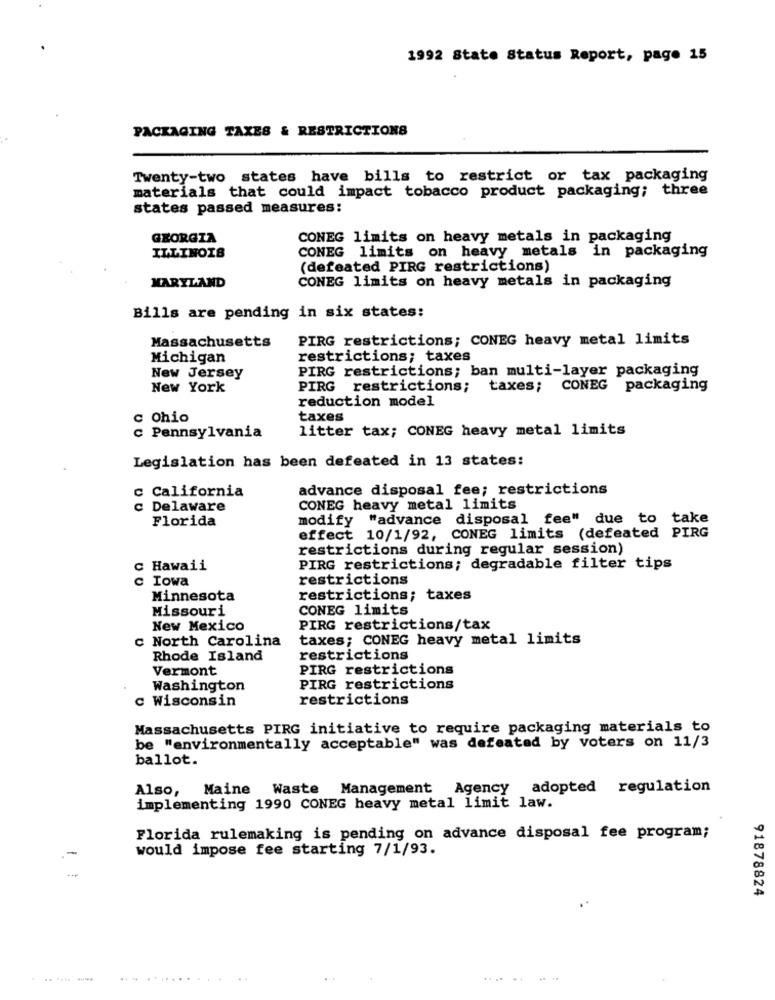
1992 State Status Report, page 15
PACKAGING TAXES & RESTRICTIONS
Twenty-two states have bills to restrict or tax packaging
materials that could impact tobacco product packaging; three
states passed measures:
GEORGIA
CONEG limits on heavy metals in packaging
CONEG limits on heavy metals in packaging
ILLINOIS
(defeated PIRG restrictions)
MARYLAND
CONEG limits on heavy metals in packaging
Bills are pending in six states:
Massachusetts
PIRG restrictions; CONEG heavy metal limits
Michigan
restrictions; taxes
PIRG restrictions; ban multi-layer packaging
New Jersey
New York
PIRG restrictions;
taxes; CONEG packaging
reduction model
c Ohio
taxes
litter tax; CONEG heavy metal limits
c Pennsylvania
Legislation has been defeated in 13 states:
c California
advance disposal fee; restrictions
c Delaware
CONEG heavy metal limits
Florida
modify "advance disposal fee" due to take
effect 10/1/92, CONEG limits (defeated PIRG
restrictions during regular session)
c Hawaii
PIRG restrictions; degradable filter tips
c Iowa
restrictions
Minnesota
restrictions; taxes
Missouri
CONEG limits
New Mexico
PIRG restrictions/tax
c North Carolina
taxes; CONEG heavy metal limits
Rhode Island
restrictions
Vermont
PIRG restrictions
Washington
PIRG restrictions
c Wisconsin
restrictions
Massachusetts PIRG initiative to require packaging materials to
be "environmentally acceptable" was defeated by voters on 11/3
ballot.
Also, Maine Waste Management Agency adopted regulation
implementing 1990 CONEG heavy metal limit law.
Florida rulemaking is pending on advance disposal fee program;
would impose fee starting 7/1/93.
-
91878824
............
.... ..